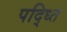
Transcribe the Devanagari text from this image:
पद्ध्‍ति